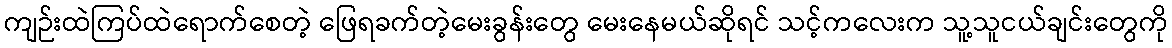
ကျဉ်းထဲကြပ်ထဲရောက်စေတဲ့ ဖြေရခက်တဲ့မေးခွန်းတွေ မေးနေမယ်ဆိုရင် သင့်ကလေးက သူ့သူငယ်ချင်းတွေကို